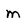
Character: m